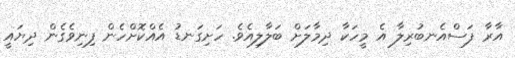
އާރާ ފަސްއެނބުރިލާ އެ މީހަކާ ދިމާލަށް ބަލާލިއެވެ. ހަށިގަނޑު އެއްކޮށްހެން ފިނިވެގެން ދިޔައީ